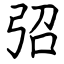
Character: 弨